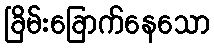
ခြိမ်းခြောက်နေသော